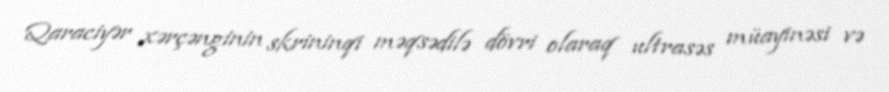
Qaraciyər xərçənginin skrininqi məqsədilə dövri olaraq ultrasəs müayinəsi və